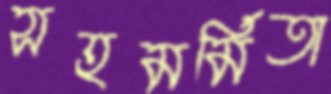
সহমর্মিতা